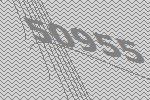
50955